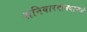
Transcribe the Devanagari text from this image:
शनिवारवाड्याकडे